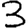
Digit: 3